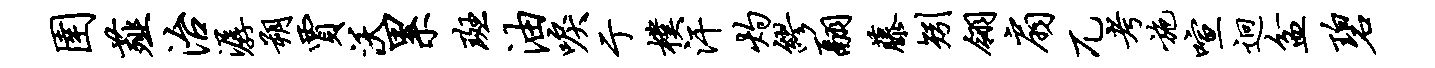
圉薤治潺朔贾沃累斑油唳亍朴汗灼缪翮藤矧翎扇兀考施喧迥盆碧